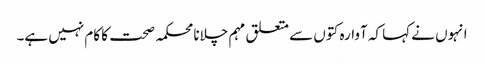
انہوں نے کہا کہ آوارہ کتوں سے متعلق مہم چلانا محکمہ صحت کا کام نہیں ہے۔